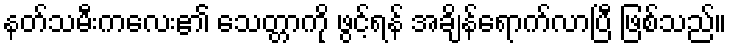
နတ်သမီးကလေး၏ သေတ္တာကို ဖွင့်ရန် အချိန်ရောက်လာပြီ ဖြစ်သည်။